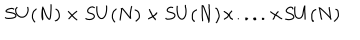
S U ( N ) \times S U ( N ) \times S U ( N ) \times . . . . \times S U ( N )